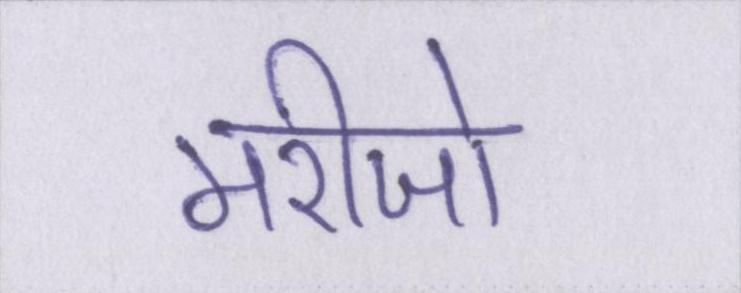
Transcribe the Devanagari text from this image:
मरीजो